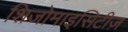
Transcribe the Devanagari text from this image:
शिजोमाइसिटीज़